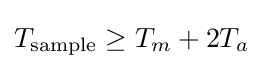
T_{\text{sample}}\geq T_{m}+2T_{a}